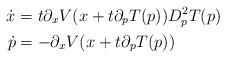
\begin{align*}\dot{x} & =t\partial_{x}V(x+t\partial_{p}T(p))D_{p}^{2}T(p)\\\dot{p} & =-\partial_{x}V(x+t\partial_{p}T(p)) \end{align*}